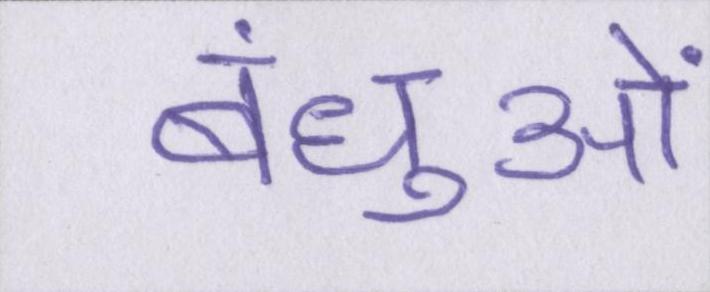
बंधुओं